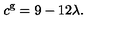
c ^ { \mathrm { g } } = 9 - 1 2 \lambda .